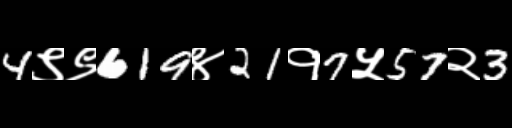
Text: 4९९619४21१7५57२3